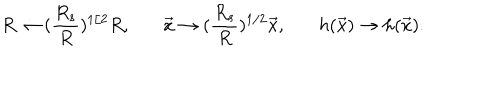
R \rightarrow ( { \frac { R _ { s } } { R } } ) ^ { 1 / 2 } R , \; \; \, \, \vec { x } \rightarrow ( { \frac { R _ { s } } { R } } ) ^ { 1 / 2 } \vec { x } , \; \; \, \, h ( \vec { x } ) \rightarrow h ( \vec { x } ) .